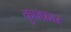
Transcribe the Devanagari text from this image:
कुफ्फ़ार